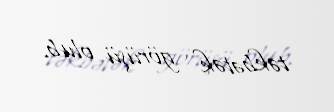
təkbətək görüşü olub.